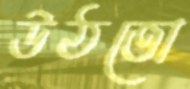
উঠতো